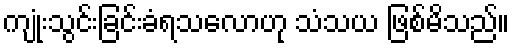
ကျုံးသွင်းခြင်းခံရသလောဟု သံသယ ဖြစ်မိသည်။